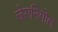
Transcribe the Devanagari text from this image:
जेरानियोल